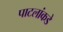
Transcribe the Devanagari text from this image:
पाटलांकडे